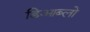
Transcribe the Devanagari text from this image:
डिआब्लो